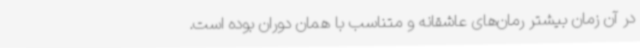
در آن زمان بیشتر رمان‌های عاشقانه و متناسب با همان دوران بوده است.